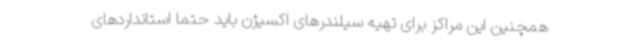
همچنین این مراکز برای تهیه سیلندرهای اکسیژن باید حتما استانداردهای